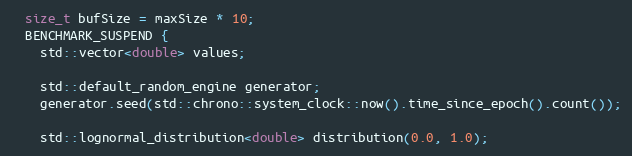
Language: C++
  size_t bufSize = maxSize * 10;
  BENCHMARK_SUSPEND {
    std::vector<double> values;

    std::default_random_engine generator;
    generator.seed(std::chrono::system_clock::now().time_since_epoch().count());

    std::lognormal_distribution<double> distribution(0.0, 1.0);